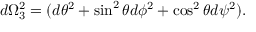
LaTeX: d \Omega _ { 3 } ^ { 2 } = ( d \theta ^ { 2 } + \sin ^ { 2 } \theta d \phi ^ { 2 } + \cos ^ { 2 } \theta d \psi ^ { 2 } ) .